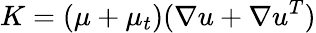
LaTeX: K=(\mu+{\mu_{t}})(\nabla u+\nabla{u^{T}})